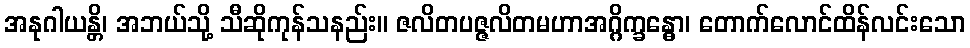
အနုဂါယန္တိ၊ အဘယ်သို့ သီဆိုကုန်သနည်း။ ဇလိတပဇ္ဇလိတမဟာအဂ္ဂိက္ခန္ဓော၊ တောက်လောင်ထိန်လင်းသော